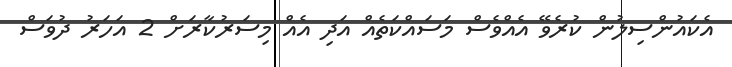
އެކައުންސިލުން ކުރެވޭ އެއްވެސް މަސައްކަތެއް އަދި އެއް މިސަރުކާރަށް 2 އަހަރު ދުވަސް